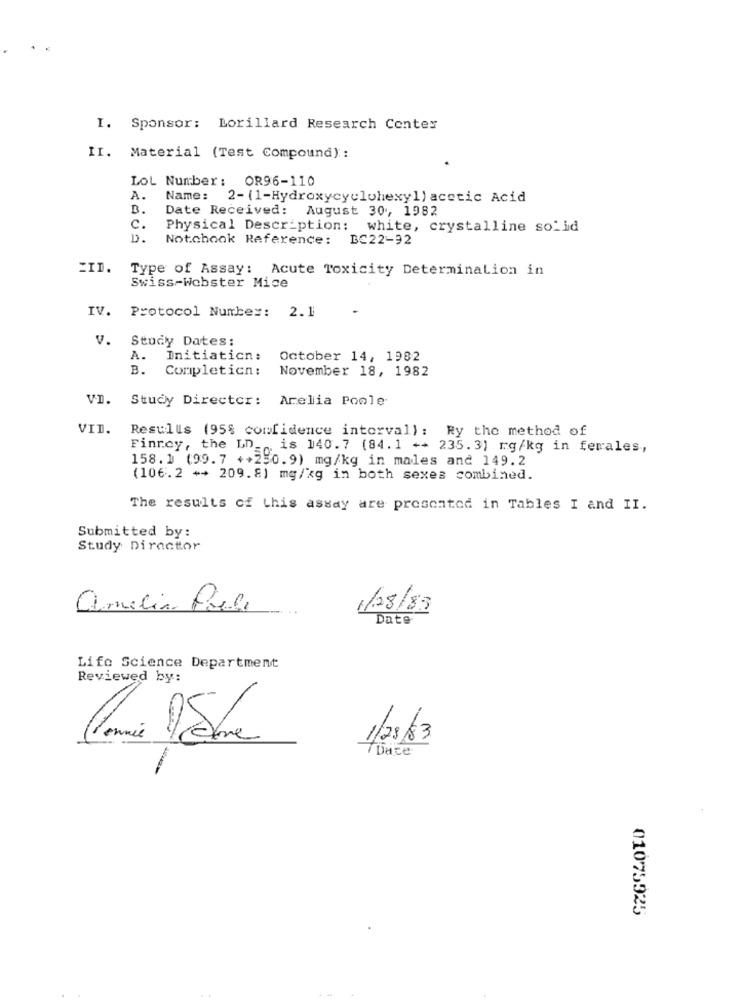
I. Sponsor: Lorillard Research Center
II. Material (Test Compound):
Lot Number: OR96-110
A.
Name: 2- (1-Hydroxycyclohexyl) acetic Acid
B.
Date Received: August 30, 1982
c.
Physical Description: white, crystalline solid
D.
Notchook Reference:
BC22-92
ZID. Type of Assay: Acute Toxicity Determination in
Swiss-Webster Mice
IV. Protocol Number: 2.1
v.
Study Dates:
A.
Initiaticn:
October 14, 1982
B.
Completicn:
November 18, 1982
V.D.
Study Director: Arelia Poole
VID.
Resulls (95% confidence interval): Ry the method of
Finrey, the LD_
is 140.7 (84.1 ++ 235.3) mg/kg in ferales,
158.1 (99.7 ++250.9) mg/kg in males and 149.2
(106. 2 ++ 209. 8) mg/kg in both sexes combined.
The results of this assay are presented in Tables I and II.
Submitted by:
Study Director
amelia Preli
1/28/83
Date
Life Science Department
Reviewed by:
1/28/83
7 Date
01075925